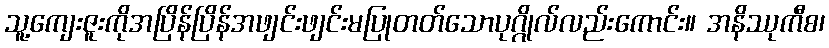
သူ့ကျေးဇူးကိုအပြိန်ပြိန်အဖျင်းဖျင်းမပြုတတ်သောပုဂ္ဂိုလ်လည်းကောင်း။ အနိဿုကီစ၊